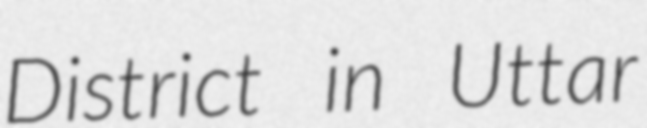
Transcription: District in Uttar